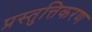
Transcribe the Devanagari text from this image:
प्रस्तुत्तिकरण